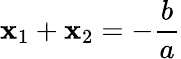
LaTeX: \mathbf{x}_{1}+\mathbf{x}_{2}=-{\frac{{b}}{{a}}}